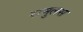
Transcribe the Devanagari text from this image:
रामुलस